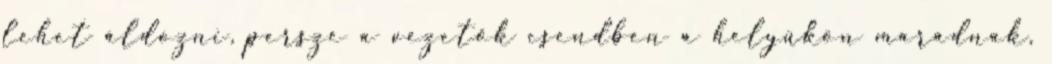
lehet áldozni, persze a vezetők csendben a helyükön maradnak,